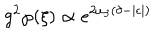
LaTeX: g ^ { 2 } \wp ( \xi ) \propto e ^ { 2 \omega _ { 3 } ( \delta - | \epsilon | ) }